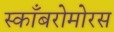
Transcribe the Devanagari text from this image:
स्काँबरोमोरस